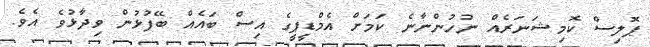
ޕޮލިސް ކޮމިޝަނަރެއް ނުހުންނާނެ ކަމަށް އެމްޑީޕީގެ އިސް ބައެއް ބޭފުޅުން ވިދާޅުވެ އެވެ.